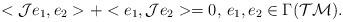
LaTeX: \begin{align*}<\mathcal{J}e_1,e_2>+<e_1,\mathcal{J}e_2>=0,\, e_1,e_2\in \Gamma(\mathcal{TM}).\end{align*}